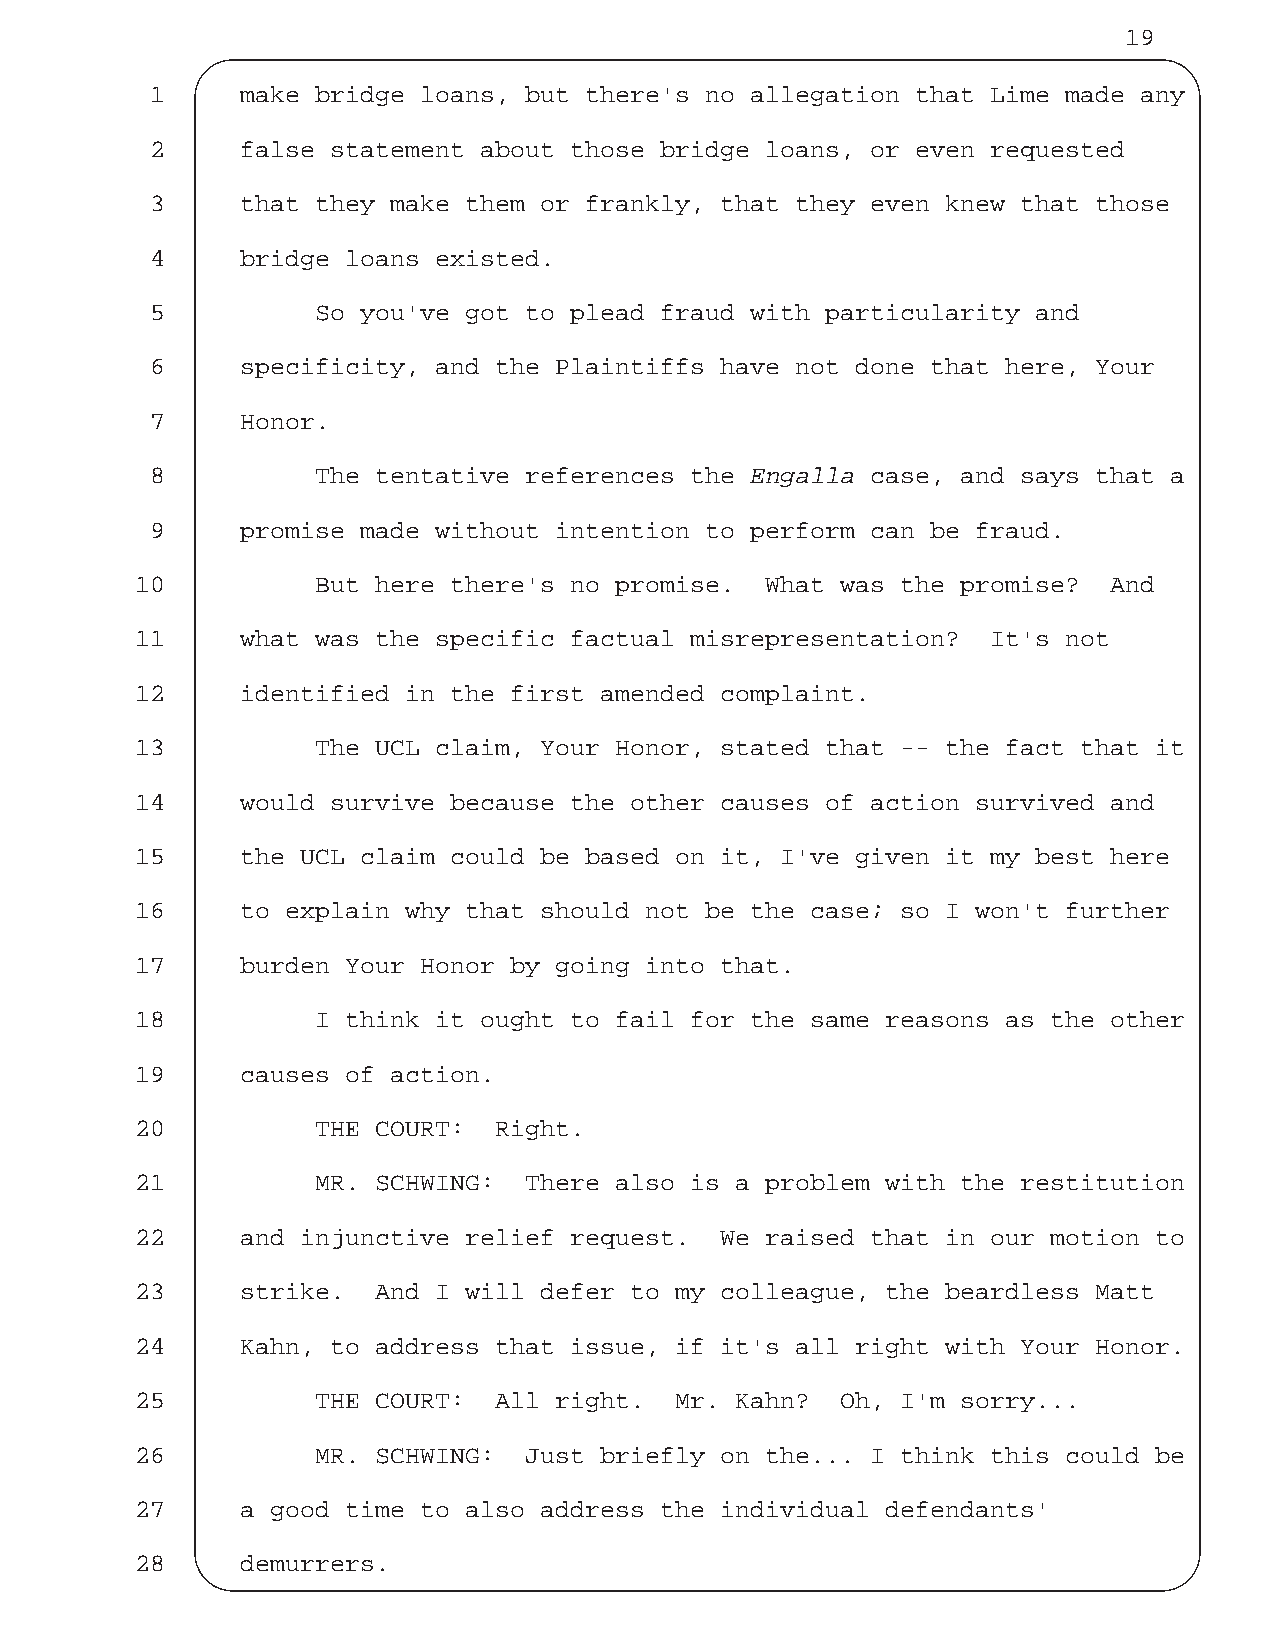
19
 1     make bridge loans, but there's no allegation that Lime made any
 2     false statement about those bridge loans, or even requested
 3     that they make them or frankly, that they even knew that those
 4     bridge loans existed.
 5          So you've got to plead fraud with particularity and
 6     specificity, and the Plaintiffs have not done that here, Your
 7     Honor.
 8          The tentative references the Engalla case, and says that a
 9     promise made without intention to perform can be fraud.
 10          But here there's no promise.  What was the promise? And
 11     what was the specific factual misrepresentation?  It's not
 12     identified in the first amended complaint.
 13          The UCL claim, Your Honor, stated that -- the fact that it
 14     would survive because the other causes of action survived and
 15     the UCL claim could be based on it, I've given it my best here
 16     to explain why that should not be the case; so I won't further
 17     burden Your Honor by going into that.
 18          I think it ought to fail for the same reasons as the other
 19     causes of action.
 20          THE COURT:  Right.
 21          MR. SCHWING:  There also is a problem with the restitution
 22     and injunctive relief request.  We raised that in our motion to
 23     strike.  And I will defer to my colleague, the beardless Matt
 24     Kahn, to address that issue, if it's all right with Your Honor.
 25          THE COURT:  All right.  Mr. Kahn?  Oh, I'm sorry...
 26          MR. SCHWING:  Just briefly on the... I think this could be
 27     a good time to also address the individual defendants'
 28     demurrers.